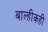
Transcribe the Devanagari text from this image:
बाल्हीकही